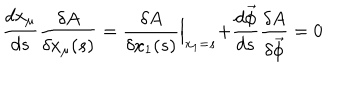
LaTeX: \frac { d x _ { \mu } } { d s } \frac { \delta A } { \delta x _ { \mu } ( s ) } = \frac { \delta A } { \delta x _ { 1 } ( s ) } \Bigl | _ { x _ { 1 } = s } + \frac { d \vec { \phi } } { d s } \frac { \delta A } { \delta \vec { \phi } } = 0